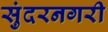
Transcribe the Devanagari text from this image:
सुंदरनगरी